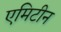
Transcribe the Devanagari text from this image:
एमिटीन